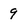
Character: 9